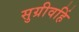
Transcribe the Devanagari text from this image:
सुग्रीवहिं